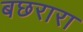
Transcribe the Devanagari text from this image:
बछरारा